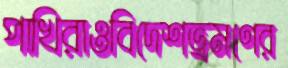
পাখিরাওবিদেশভ্রমণের